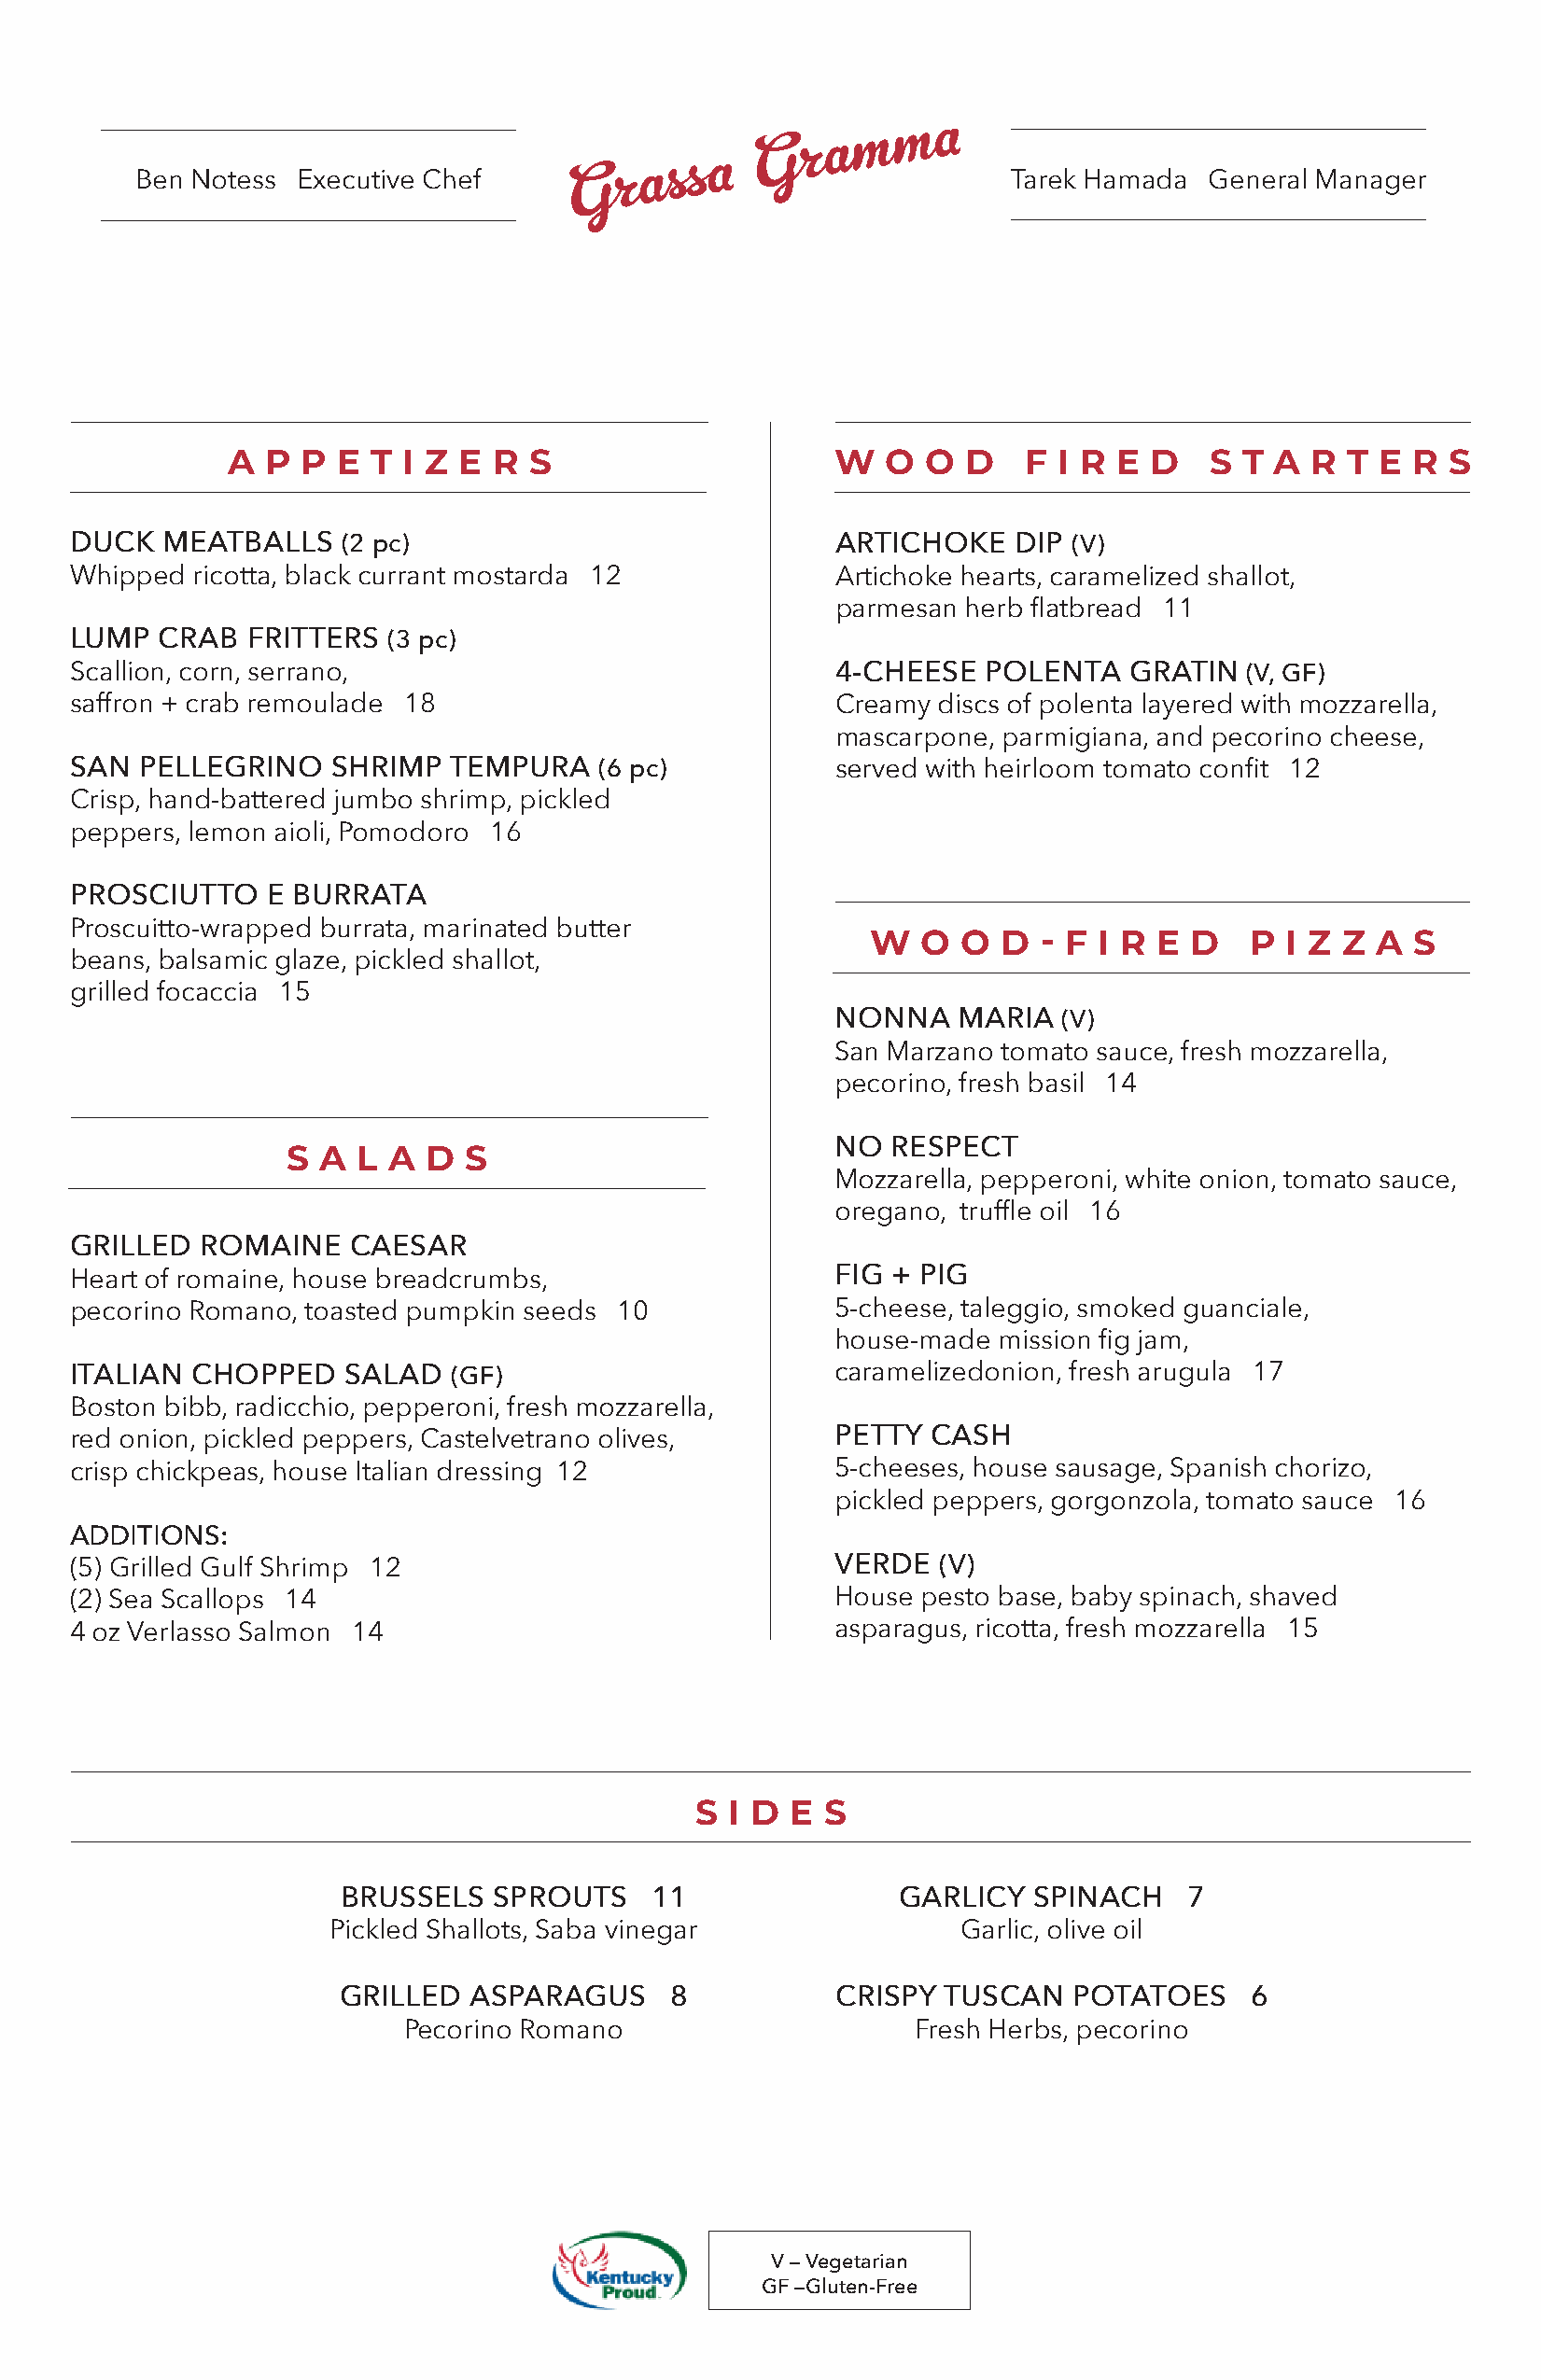
m  a
 m
 G  r a
 G  r a s s a
 Ben Notess Executive Chef                                     Tarek Hamada  General Manager
 A  P P  E T  I Z E R S                     W   O  O D    F I R E  D   S T A  R T  E R  S
 DUCK   MEATBALLS   (2 pc)                             ARTICHOKE    DIP (V)
 Whipped  ricotta, black currant mostarda 12           Artichoke hearts, caramelized shallot,
 parmesan herb flatbread 11
 LUMP  CRAB   FRITTERS (3 pc)
 Scallion, corn, serrano,                              4-CHEESE   POLENTA   GRATIN  (V, GF)
 saffron + crab remoulade 18                           Creamy discs of polenta layered with mozzarella,
 mascarpone, parmigiana, and pecorino cheese,
 SAN  PELLEGRINO   SHRIMP   TEMPURA   (6 pc)           served with heirloom tomato confit 12
 Crisp, hand-battered jumbo shrimp, pickled
 peppers, lemon aioli, Pomodoro 16
 PROSCIUTTO    E BURRATA
 Proscuitto-wrapped burrata, marinated butter
 W  O  O  D  - F I R E D    P I Z Z  A S
 beans, balsamic glaze, pickled shallot,
 grilled focaccia 15
 NONNA    MARIA  (V)
 San Marzano tomato sauce, fresh mozzarella,
 pecorino, fresh basil 14
 S  A L  A D  S                         NO  RESPECT
 Mozzarella, pepperoni, white onion, tomato sauce,
 oregano, truffle oil 16
 GRILLED  ROMAINE    CAESAR
 Heart of romaine, house breadcrumbs,                  FIG + PIG
 pecorino Romano, toasted pumpkin seeds 10             5-cheese, taleggio, smoked guanciale,
 house-made  mission fig jam,
 ITALIAN  CHOPPED   SALAD   (GF)                       caramelizedonion, fresh arugula 17
 Boston bibb, radicchio, pepperoni, fresh mozzarella,
 red onion, pickled peppers, Castelvetrano olives,     PETTY  CASH
 crisp chickpeas, house Italian dressing 12            5-cheeses, house sausage, Spanish chorizo,
 pickled peppers, gorgonzola, tomato sauce 16
 ADDITIONS:
 (5) Grilled Gulf Shrimp 12                            VERDE   (V)
 (2) Sea Scallops 14                                   House pesto base, baby spinach, shaved
 4 oz Verlasso Salmon 14                               asparagus, ricotta, fresh mozzarella 15
 S  I D E S
 BRUSSELS   SPROUTS    11                GARLICY  SPINACH    7
 Pickled Shallots, Saba vinegar               Garlic, olive oil
 GRILLED  ASPARAGUS      8          CRISPY  TUSCAN   POTATOES     6
 Pecorino Romano                     Fresh Herbs, pecorino
 V — Vegetarian
 GF —Gluten-Free